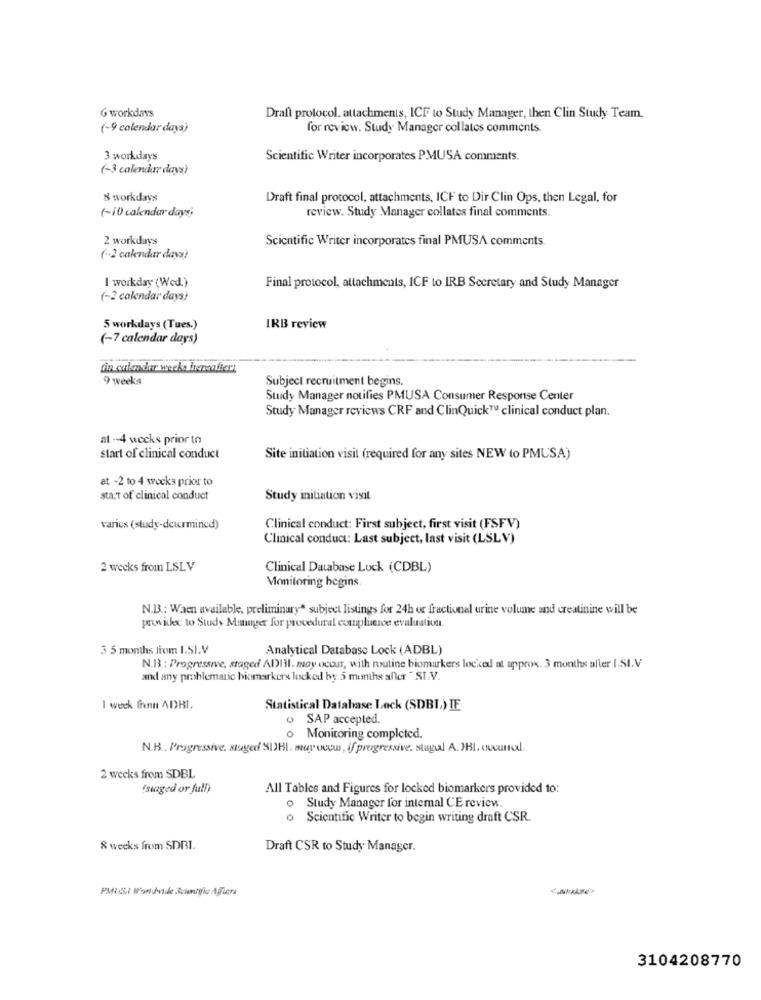
G workdays
Draft protocol. attachments, ICF to Study Manager, then Clin Study Team.
(-9 calendar days)
for review. Study Manager collates comments.
3 workdays
Scientific Writer incorporates PMUSA comments.
(-3 calendar days)
8 workdays
Draft final protocol, attachments, ICH to Dir Clin Ops, then Legal, for
(-10 calendar days;
review. Study Manager collates final comments.
2 workdays
Scientific Writer incorporates final PMUSA comments.
(-2 calendar days)
I workday (Wed.}
Final protocol, attachments, ICF to IRB Secretary and Study Manager
(-2 calendar days)
5 workdays (Tues.)
IRB review
(~7 calendar days)
fin calendar werks herveafferr
9 weeks
Subject recruitment begins.
Study Manager notifies PMUSA Consumer Response Center
Study Manager reviews CRF and ClinQuick™ clinical conduct plan.
at -4 weeks prior to
start of clinical conduct
Site initiation visit (required for any sites NEW to PMUSA)
at -2 to 4 weeks prior to
start of clinical conduct
Study initiation visit
varics (study-determined)
Clinical conduct: First subject, first visit (FSFV)
Clinical conduct: Last subject, last visit (LSLV)
2 weeks from LSLV
Clinical Database Lock (CDBL)
Monitoring begins
N.BB .: Waen available, preliminary" subject listings for 24h or fractional urine volume and creatinine will be
provides to Study Manager for procedural complience evaluation.
3 5 months from I.SI.V
Analytical Database Lock (ADBL)
N.B3: Progressive, staged ADII. may occur, with routine biomarkers locked al approx. 3 months aller I.SI.V
and any problematic biomarkers locked by 5 months after " SI.V.
1 week frnn ADBI.
Statistical Database Lock (SDBL) IE
o SAP accepted.
o Monitoring completed.
N.B .. Progressive, staged SIBL, muy occu, if progressive. stugaal A.JBL. aucunod.
2 weeks from SDBL
'staged or full)
All Tables and Figures for locked biomarkers provided to:
o Study Manager for intemal CE review.
o Scientific Writer to begin writing draft CSR.
& weeks from SDBI.
Draft CSR to Study Manager.
3104208770